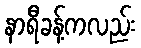
နာရီခန့်ကလည်း